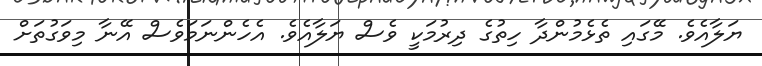
ޔަލާއެވެ. މޭގައި ތެޅެމުންދާ ހިތުގެ ދިރުމަކީ ވެސް ޔަލާއެވެ. އެހެންނަމަވެސް އޭނާ މިވަގުތަށް